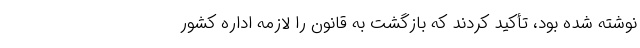
نوشته شده بود، تأکید کردند که بازگشت به قانون را لازمه اداره کشور